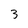
Character: 3